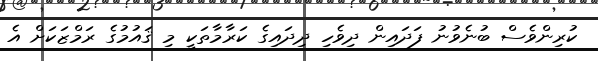
ކުރިންވެސް ބުނެވުނު ފަދައިން ދިވެހި ދިދައިގެ ކަރާމާތަކީ މި ޤައުމުގެ ރަމްޒަކަށް އެ